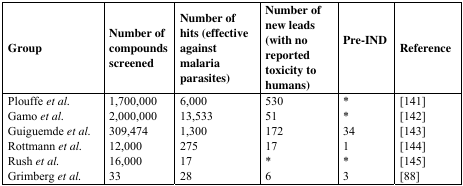
| Group | Number of compounds screened | Number of hits (effective against malaria parasites) | Number of new leads (with no reported toxicity to humans) | Pre-IND | Reference |
 | --- | --- | --- | --- | --- | --- |
 | Plouffe et al. | 1,700,000 | 6,000 | 530 | * | [141] |
 | Gamo et al. | 2,000,000 | 13,533 | 51 | * | [142] |
 | Guiguemde et al. | 309,474 | 1,300 | 172 | 34 | [143] |
 | Rottmann et al. | 12,000 | 275 | 17 | 1 | [144] |
 | Rush et al. | 16,000 | 17 | * | * | [145] |
 | Grimberg et al. | 33 | 28 | 6 | 3 | [88] |